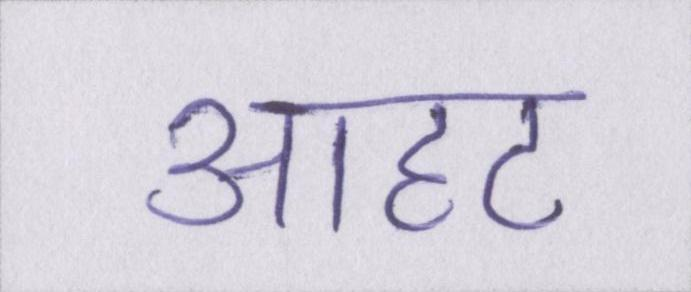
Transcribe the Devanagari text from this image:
आहट